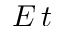
E \, t